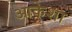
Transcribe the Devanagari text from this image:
आकेशा